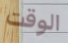
الوقت